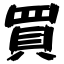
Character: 買